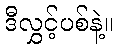
ဒီလွှင့်ပစ်နဲ့။